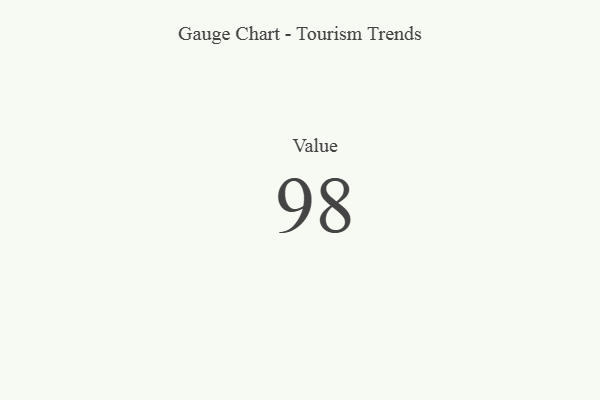
{"axis": {"x": "Metric", "y": "Value"}, "legend": [""], "data": [{"x": "Value", "y": 98, "type": ""}]}